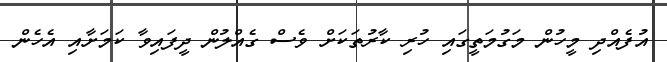
އުފެއްދި މީހުން މަގުމަތީގައި ހުރި ކާރުތަކަށް ވެސް ގެއްލުން ދީފައިވާ ކަމަށާއި އެހެން